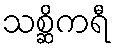
သစ္ဆိကရီ